Lunatic asylums Central Provinces reports 1895-1909 - 1895-1909
Year: 1895
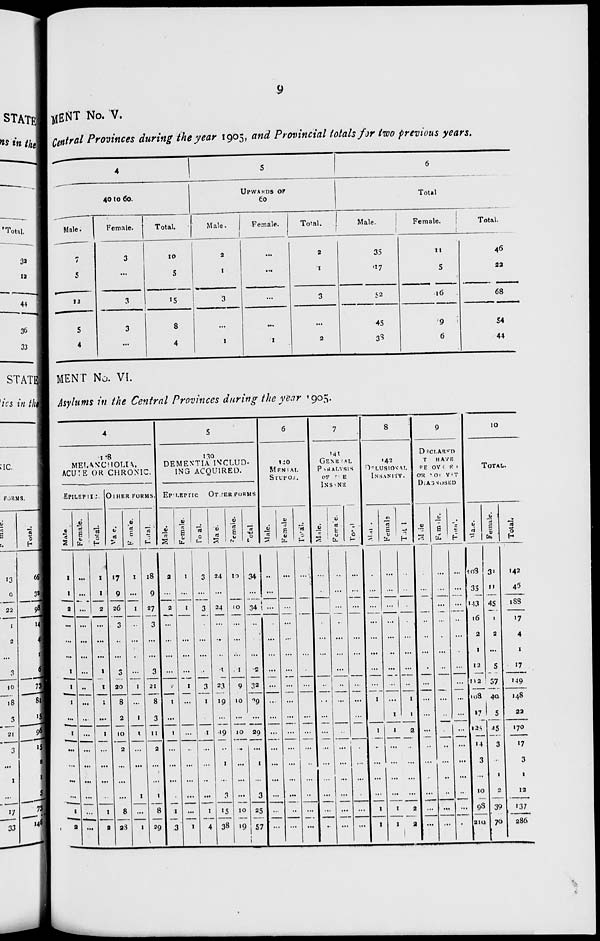
9
MENT No. V.
Central Provinces during the year 1905, and Provincial totals for two previous years.
4
40 to 60.
Male.
7
5
12
5
4
Female.
3
...
3
3
...
Total.
10
5
15
8
4
5
UPWARDS OF
60
Male.
2
1
3
...
1
Female.
...
...
...
...
1
Total.
2
1
3
...
2
6
Total
Male.
35
17
52
45
38
Female.
11
5
16
9
6
Total.
46
22
68
54
44
MENT No. VI.
Asylums in the Central Provinces during the year 1905.
4
118
MELANCHOLIA,
ACUTE OR CHRONIC.
EPILEPTIC.
Male.
1
1
2
...
...
...
1
1
1
...
1
...
...
...
...
1
2
Female.
...
...
...
...
...
...
...
...
...
...
...
...
...
...
...
...
...
Total.
1
1
2
...
...
...
1
1
1
...
1
...
...
...
...
1
2
OTHER FORMS.
Male.
17
9
26
3
...
...
3
20
8
2
10
2
...
...
...
8
28
Female.
1
...
1
...
...
...
...
1
...
1
1
...
...
...
1
...
1
Total.
18
9
27
3
...
...
3
21
8
3
11
2
...
...
1
8
29
5
130
DEMENTIA INCLUD-
ING ACQUIRED.
EPILEPTIC.
Male.
2
...
2
...
...
...
...
2
1
...
1
...
...
...
...
1
3
Female.
1
...
1
...
...
...
...
1
...
...
...
...
...
...
...
...
1
Total.
3
...
3
...
...
...
...
3
1
...
1
...
...
...
...
1
4
OTHER FORMS.
Male.
24
...
24
...
...
...
1
23
19
...
19
...
1
...
3
15
38
Female.
10
...
10
...
...
...
1
9
10
...
10
...
...
...
...
10
19
Total.
34
...
34
...
...
...
2
32
29
...
29
...
1
...
3
25
57
6
120
MENTAL
STUPOR.
Male.
...
...
...
...
...
...
...
...
...
...
...
...
...
...
...
...
...
Female
...
...
...
...
...
...
...
...
...
...
...
...
...
...
...
...
...
Total.
...
...
...
...
...
...
...
...
...
...
...
...
...
...
...
...
...
7
141
GENERAL
PARALYSIS
OF THE
INSANE.
Male.
...
...
...
...
...
...
...
...
...
...
...
...
...
...
...
...
...
Female.
...
...
...
...
...
...
...
...
...
...
...
...
...
...
...
...
...
Total
...
...
...
...
...
...
...
...
...
...
...
...
...
...
...
...
...
8
142
DELUSIONAL
INSANITY.
Male.
...
...
...
...
...
...
...
...
1
...
1
...
...
...
...
1
1
Female
...
...
...
...
...
...
...
...
...
1
1
...
...
...
...
1
1
Total.
...
...
...
...
...
...
...
...
1
1
2
...
...
...
...
2
2
9
DECLARED
TO HAVE
RECOVERED
OR NOT YET
DIAGNOSED.
Male
...
...
...
...
...
...
...
...
...
...
...
...
...
...
...
...
...
Female.
...
...
...
...
...
...
...
...
...
...
...
...
...
...
...
...
...
Total.
...
...
...
...
...
...
...
...
...
...
...
...
...
...
...
...
...
10
TOTAL.
Male.
108
35
143
16
2
1
12
112
108
17
125
14
3
...
10
98
210
Female.
34
11
45
1
2
...
5
37
40
5
45
3
...
1
2
39
76
Total.
142
46
188
17
4
1
17
149
148
22
170
17
3
1
12
137
286